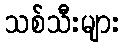
သစ်သီးများ